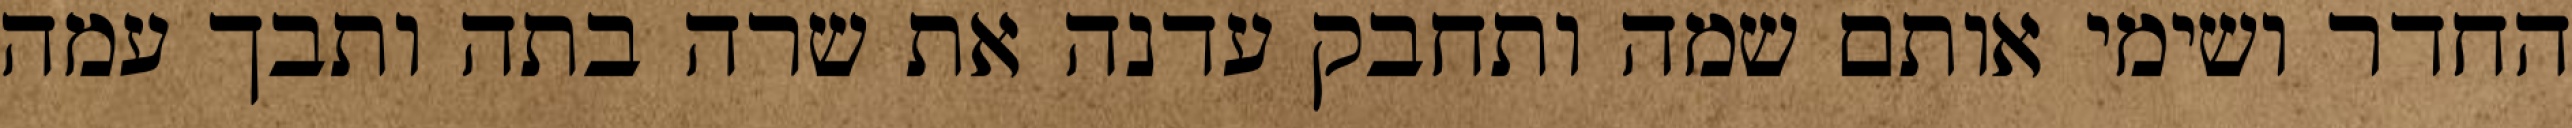
החדר ושימי אותם שמה ותחבק עדנה את שרה בתה ותבך עמה